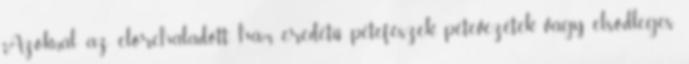
Azoknál az előrehaladott hám eredetű petefészek, petevezeték vagy elsődleges